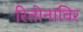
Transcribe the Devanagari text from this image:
रितोनाविर